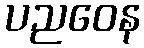
ပညဝေန